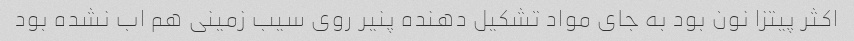
اکثر پیتزا نون بود به جای مواد تشکیل دهنده پنیر روی سیب زمینی هم اب نشده بود